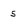
Character: 5